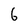
Character: 6